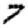
Digit: 7